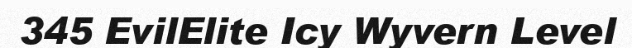
345 EvilElite Icy Wyvern Level